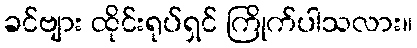
ခင်ဗျား ထိုင်းရုပ်ရှင် ကြိုက်ပါသလား။